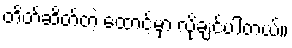
တိတ်ဆိတ်တဲ့ ထောင့်မှာ လိုချင်ပါတယ်။